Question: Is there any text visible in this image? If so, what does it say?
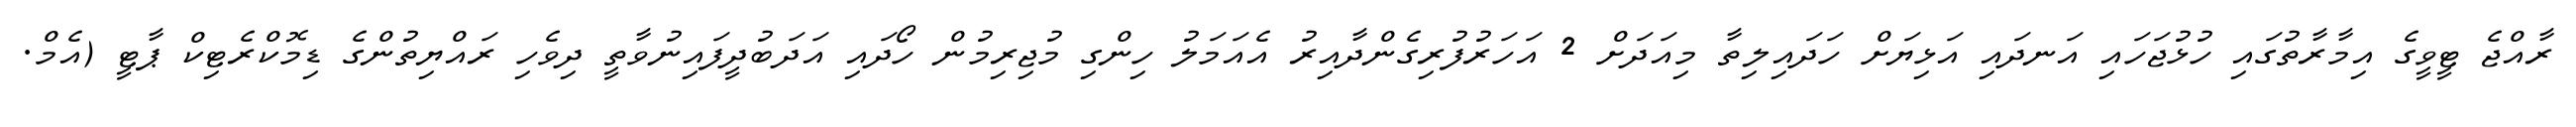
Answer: ރާއްޖެ ޓީވީގެ އިމާރާތުގައި ހުޅުޖަހައި އަނދައި އަޅިޔަށް ހަދައިލިތާ މިއަދަށް 2 އަހަރުފުރިގެންދާއިރު އެއަމަލު ހިންގި މުޖިރިމުން ހޯދައި އަދަބުދީފައިނުވާތީ ދިވެހި ރައްޔިތުންގެ ޑިމޮކްރެޓިކް ޕާޓީ (އެމް.